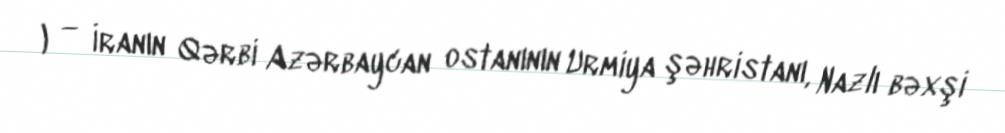
کریم آباد) — İranın Qərbi Azərbaycan ostanının Urmiya şəhristanı, Nazlı bəxşi